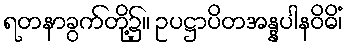
ရတနာခွက်တို့၌။ ဥပဋ္ဌာပိတအန္နပါနဝိဓိံ၊